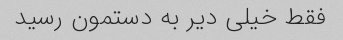
فقط خیلی دیر به دستمون رسید